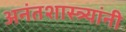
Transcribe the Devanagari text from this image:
अनंतशास्त्र्यांनी